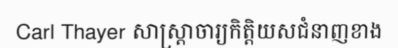
Carl Thayer សាស្ត្រាចារ្យកិត្តិយសជំនាញខាង